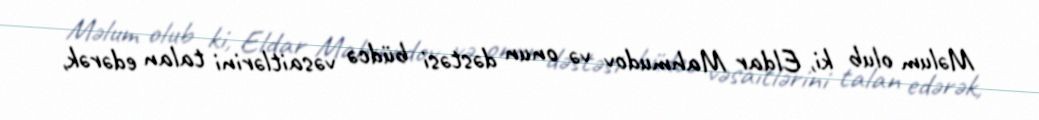
Məlum olub ki, Eldar Mahmudov və onun dəstəsi büdcə vəsaitlərini talan edərək,